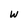
Character: w